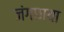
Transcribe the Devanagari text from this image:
जंगछाया